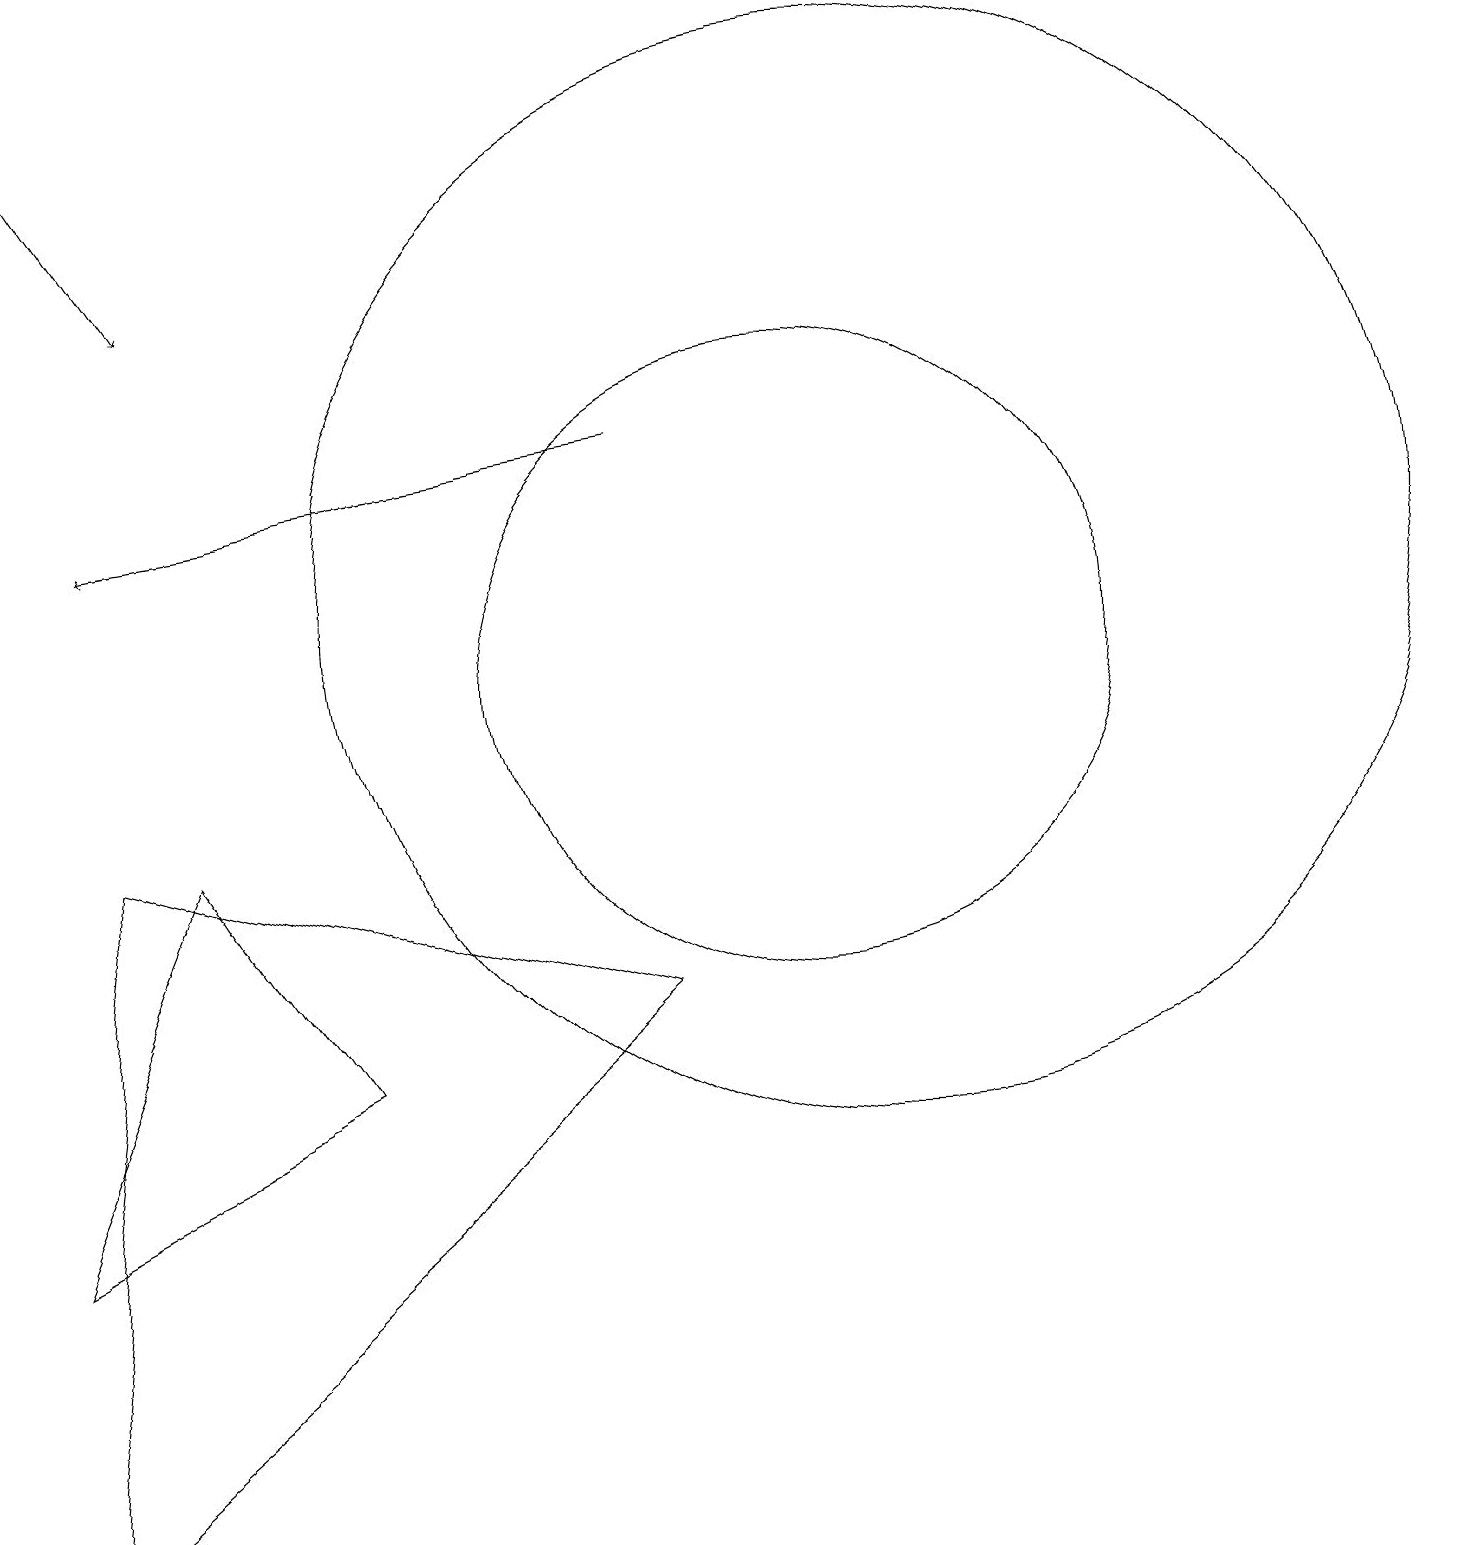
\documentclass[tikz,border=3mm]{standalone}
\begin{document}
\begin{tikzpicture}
\draw[->] (8,14) -- (1,13);
\draw (0,0) -- (1,9) -- (8,7) -- cycle;
\draw (10,11) circle (4);
\draw[->] (0,19) -- (2,16);
\draw (11,12) circle (7);
\draw (10,10) circle (0);
\draw (2,9) -- (0,4) -- (4,6) -- cycle;
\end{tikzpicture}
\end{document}